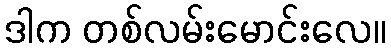
ဒါက တစ်လမ်းမောင်းလေ။